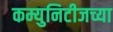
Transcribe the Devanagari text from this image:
कम्युनिटीजच्या